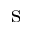
\textrm { s }